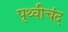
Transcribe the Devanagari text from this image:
पृथ्वीचंद